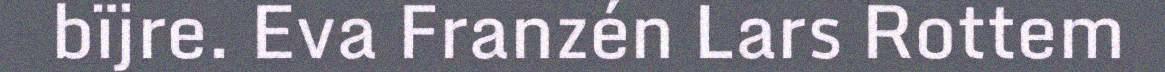
bïjre. Eva Franzén Lars Rottem